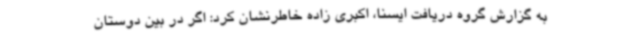
به گزارش گروه دریافت ایسنا، اکبری زاده خاطرنشان کرد: اگر در بین دوستان